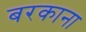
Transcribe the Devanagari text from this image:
बरकाना